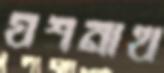
যশনাথ